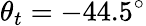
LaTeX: \theta_{t}=-44.5^{\circ}